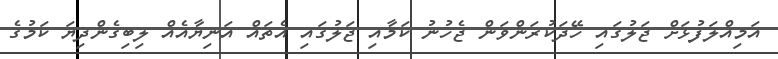
އަމިއްލަފުޅަށް ޖަލުގައި ހޭދަކުރަންވަން ޖެހުނު ކަމާއި ޖަލުގައި އެތައް އަނިޔާއެއް ލިބިގެންދިޔަ ކަމުގެ